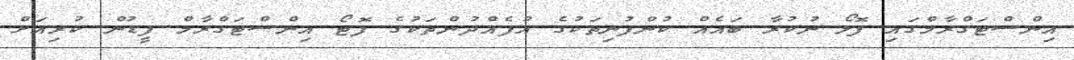
އިންސްޓަގްރާމްގައި ފޮލޯ ނުކުރާ ބައެއް ކުންފުނިތަކުގެ އުފެއްދުންތަކުގެ ފޮޓޯ އިންސްޓަގްރާމް ފީޑުން ކުރިއަށް